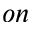
o n